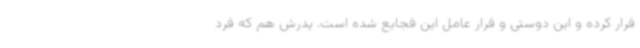
فرار کرده و این دوستی و فرار عامل این فجایع شده است. پدرش هم که فرد